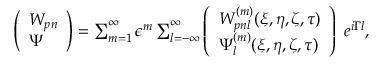
\begin{array} { r } { \left( \begin{array} { l } { W _ { p n } } \\ { \Psi } \end{array} \right) = \sum _ { m = 1 } ^ { \infty } \epsilon ^ { m } \sum _ { l = - \infty } ^ { \infty } \left( \begin{array} { l } { W _ { p n l } ^ { ( m ) } ( \xi , \eta , \zeta , \tau ) } \\ { \Psi _ { l } ^ { ( m ) } ( \xi , \eta , \zeta , \tau ) } \end{array} \right) ~ e ^ { i \Gamma l } , } \end{array}